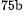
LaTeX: ^\textrm{\scriptsize 75b}